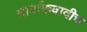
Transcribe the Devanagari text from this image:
चार्वाकवादीच